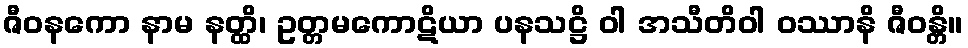
ဇီဝနကော နာမ နတ္ထိ၊ ဥတ္တမကောဋိယာ ပနသဋ္ဌိ ဝါ အသီတိဝါ ဝဿာနိ ဇီဝန္တိ။